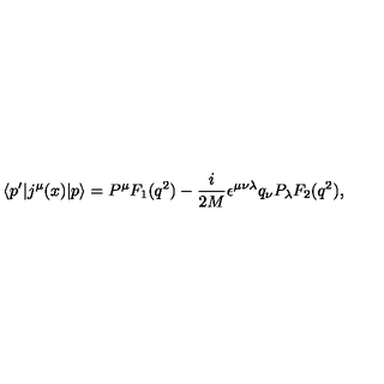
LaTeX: \left< p ^ { \prime } | j ^ { \mu } ( x ) | p \right> = P ^ { \mu } F _ { 1 } ( q ^ { 2 } ) - { \frac { i } { 2 M } } \epsilon ^ { \mu \nu \lambda } q _ { \nu } P _ { \lambda } F _ { 2 } ( q ^ { 2 } ) ,